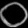
Digit: ၀